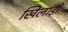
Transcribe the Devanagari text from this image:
खिलाड़ी